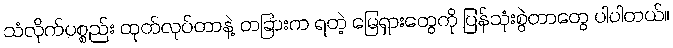
သံလိုက်ပစ္စည်း ထုတ်လုပ်တာနဲ့ တခြားက ရတဲ့ မြေရှားတွေကို ပြန်သုံးစွဲတာတွေ ပါပါတယ်။